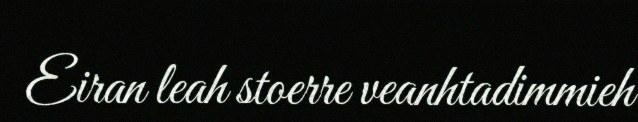
Eiran leah stoerre veanhtadimmieh